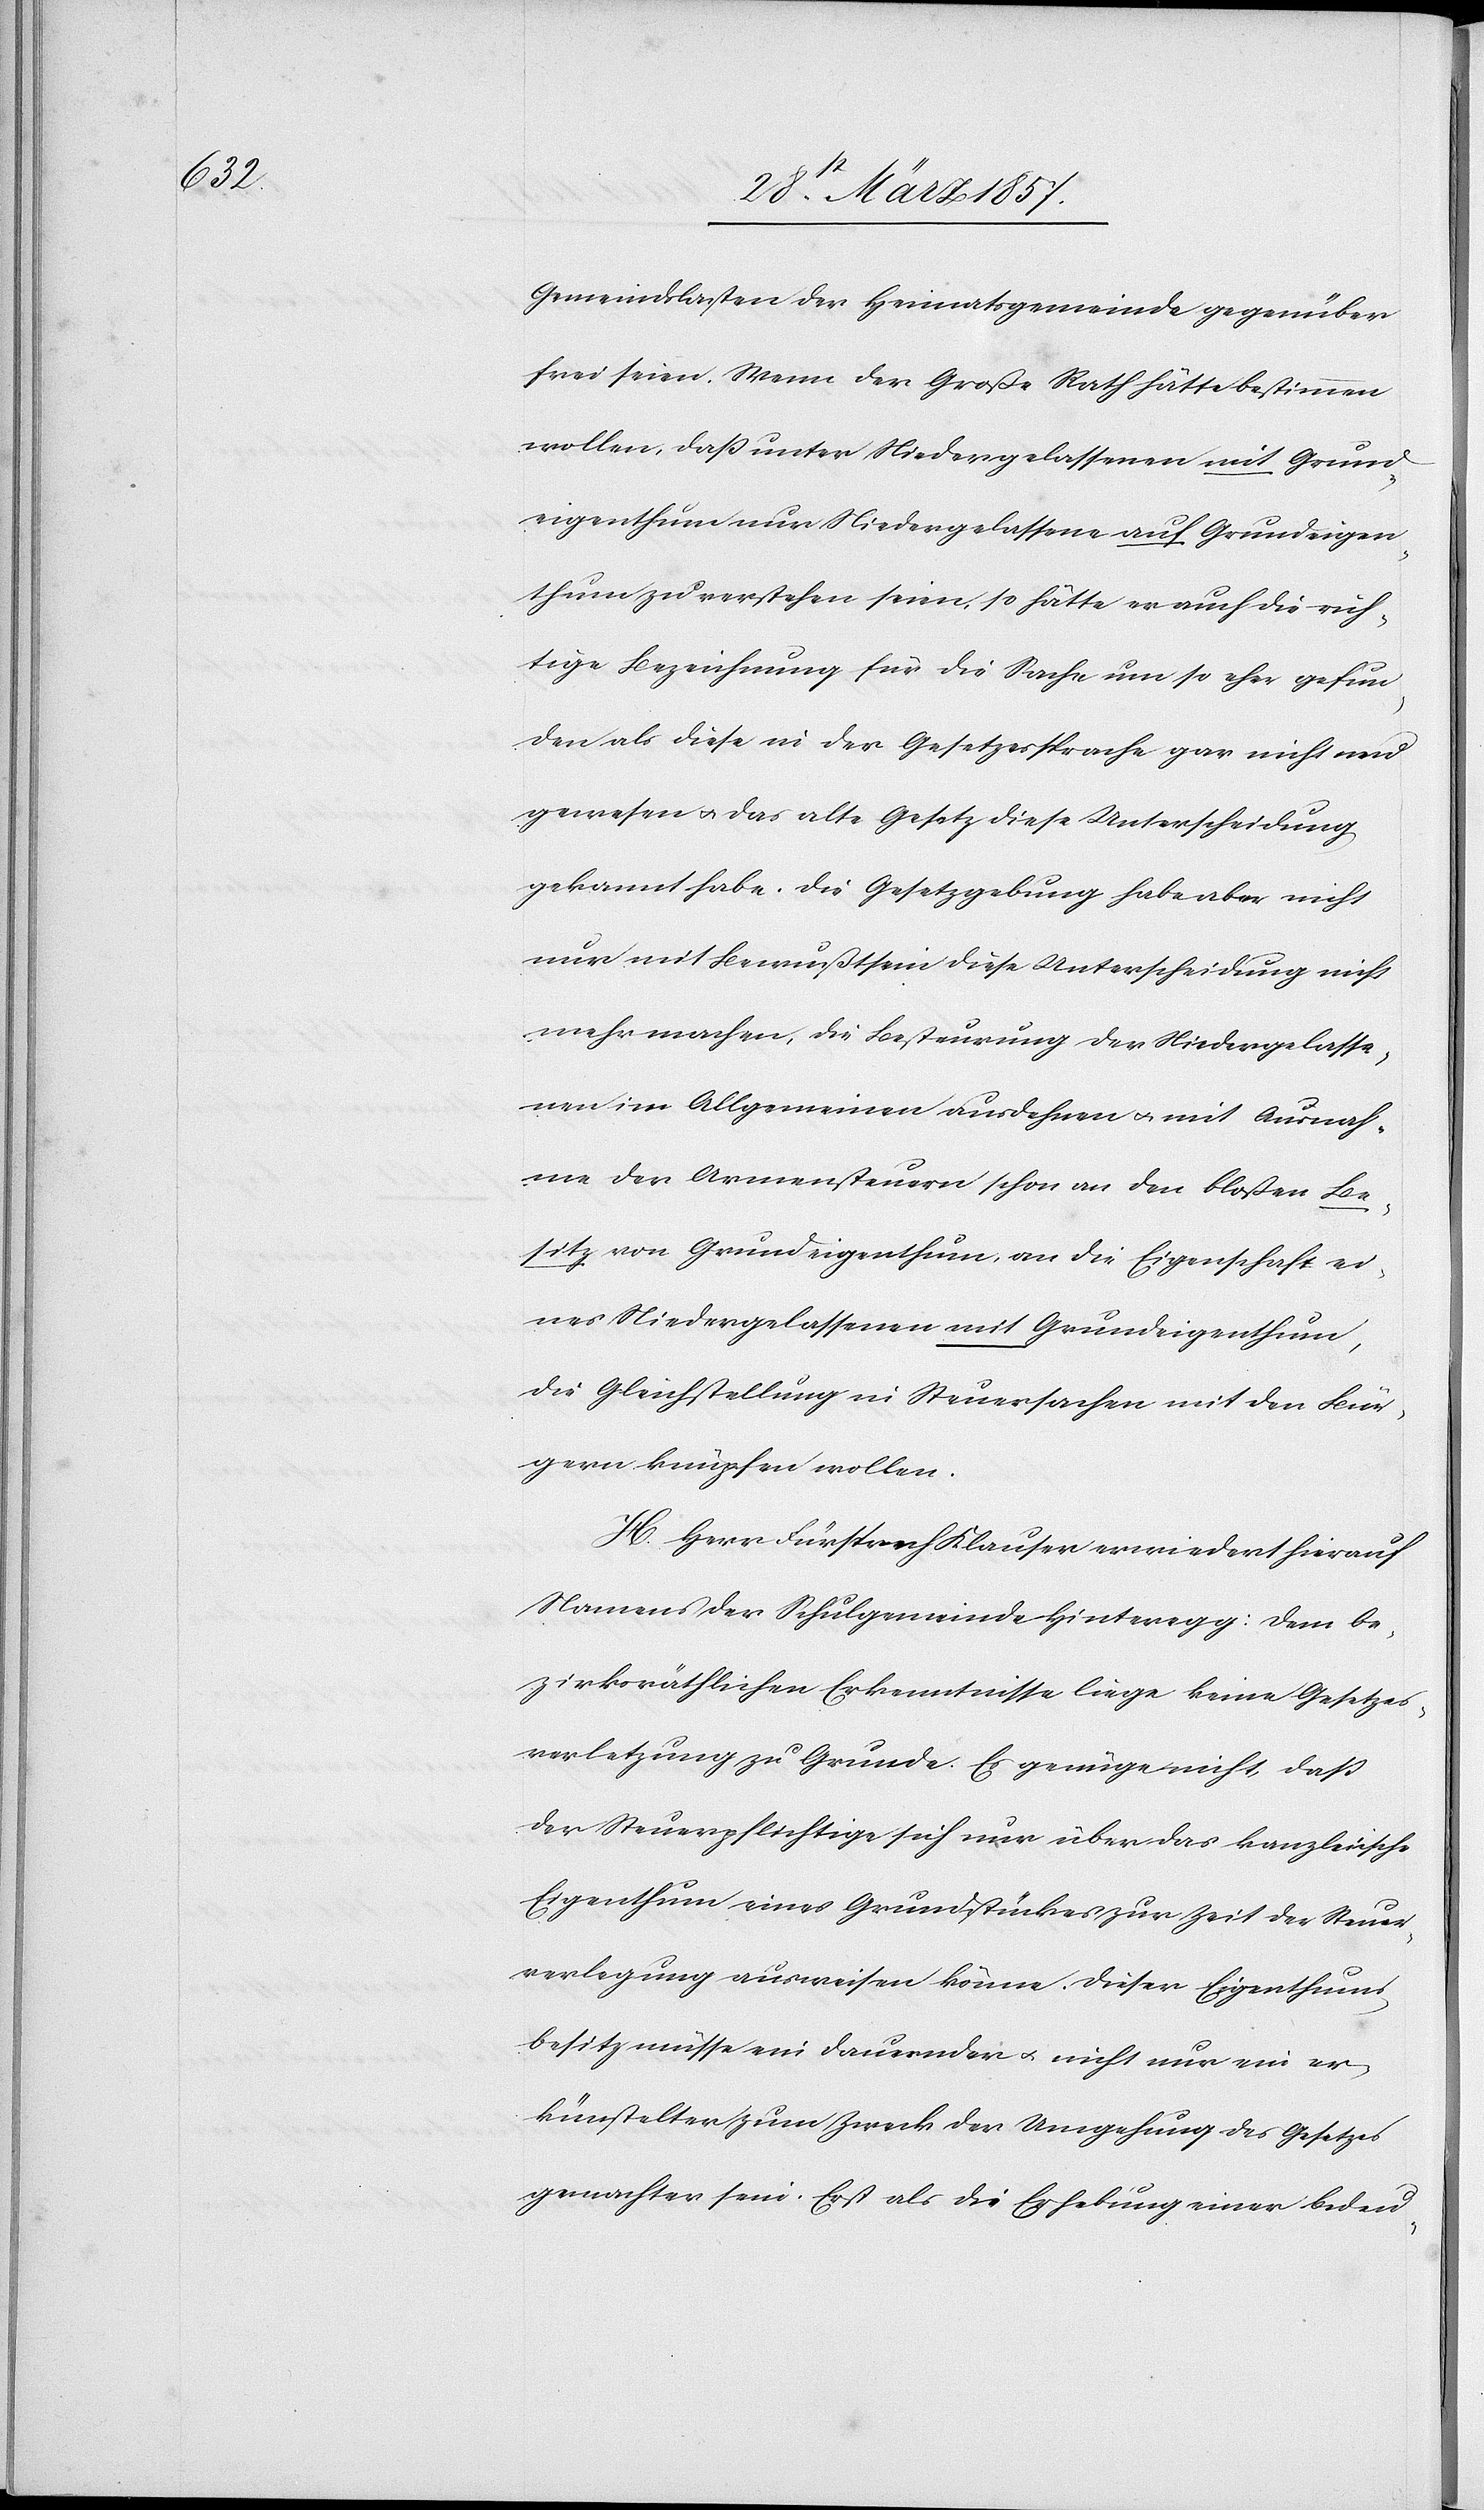
Gemeindslasten der Heimatsgemeinde gegenüber
frei seien. Wenn der Große Rath hätte bestimmen
wollen daß unter Niedergelassenen mit Grund¬
eigenthum nur Niedergelassene auf Grundeigen¬
thum zu verstehen seien, so hätte er auch die rich¬
tige Bezeichnung für die Sache um so eher gefun¬
den als diese in der Gesetzessprache gar nicht neu
gewesen u. das alte Gesetz diese Unterscheidung
gekannt habe. Die Gesetzgebung habe aber nicht
nur mit Bewußtsein diese Unterscheidung nicht
mehr machen, die Besteurung der Niedergelasse¬
nen im Allgemeinen ausdehnen u. mit Ausnah¬
me der Armensteuern schon an den bloßen Be¬
sitz von Grundeigenthum, an die Eigenschaft ei¬
nes Niedergelassenen mit Grundeigenthum,
die Gleichstellung in Steuersachen mit den Bür¬
gern knüpfen wollen.
H. Herr Fürsprech Klauser erwiedert hierauf
Namens der Schulgemeinde Hinteregg: Dem be¬
zirksräthlichen Erkenntnisse liege keine Gesetzes¬
verletzung zu Grunde. Es genüge nicht, daß
der Steuerpflichtige sich nur über das kanzleiische
Eigenthum eines Grundstückes zur Zeit der Steuer¬
verlegung ausweisen könne. Dieser Eigenthums¬
besitz müsse ein dauernder u. nicht nur ein er¬
künstelter zum Zweck der Umgehung des Gesetzes
gemachter sein. Erst als die Erhebung einer bedeu-